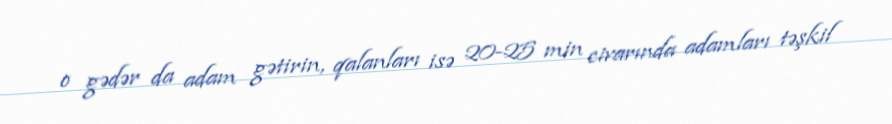
o gədər da adam gətirin, qalanları isə 20-25 min civarında adamları təşkil